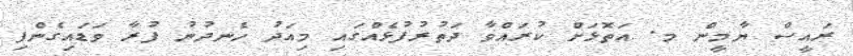
ރައީސް ޔާމީން މ. އަތޮޅަށް ކުރައްވާ ދަތުރުފުޅެއްގައި މިއަދު ހެނދުނު ފުރާ ވަޑައިގެންފި